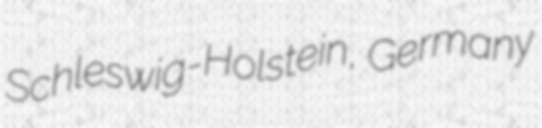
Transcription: Schleswig-Holstein, Germany